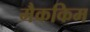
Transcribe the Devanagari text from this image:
मैककिम